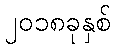
၂၀၁၈ခုနှစ်